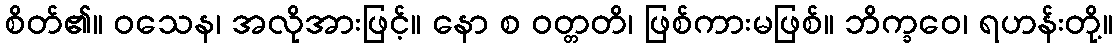
စိတ်၏။ ဝသေန၊ အလိုအားဖြင့်။ နော စ ဝတ္တတိ၊ ဖြစ်ကားမဖြစ်။ ဘိက္ခဝေ၊ ရဟန်းတို့။